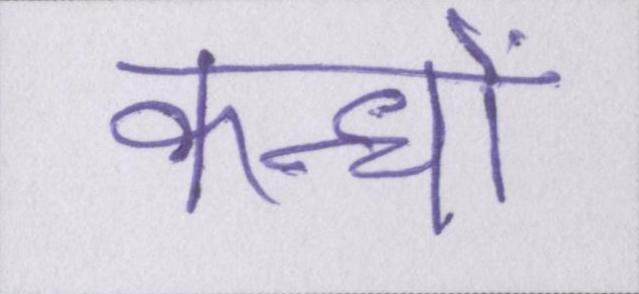
कन्धों